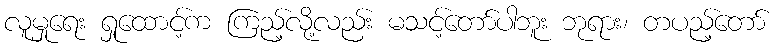
လူမှုရေး ရှုထောင့်က ကြည့်လို့လည်း မသင့်တော်ပါဘူး ဘုရား၊ တပည့်တော်